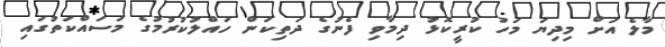
މާލެ އަށް މިދިޔަ މަހު ކުރީކޮޅު ދިމާވި ފެނުގެ ދަތިކަން ހައްލުކުރުމުގެ މަސައްކަތުގައި